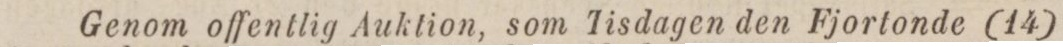
Genom offentlig Auktion, som Tisdagen den Fjortonde (14)